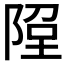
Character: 𨹸